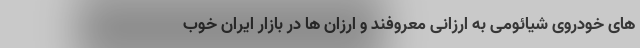
های خودروی شیائومی به ارزانی معروفند و ارزان ها در بازار ایران خوب